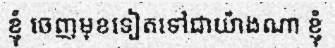
ខ្ញុំ ចេញមុខទៀតទៅជាយ៉ាងណា ខ្ញុំ